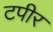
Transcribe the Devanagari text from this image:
टपीर